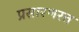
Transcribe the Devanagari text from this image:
प्रसारणरत